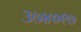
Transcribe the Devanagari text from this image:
३७४०९७